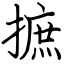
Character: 摭